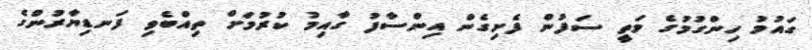
ގައުމު ހިންގުމުގެ މަތީ ސަފުން ފެށިގެން އިންސާފު ގާއިމު ކުރުމަށް ތިއްބެވި ފަނޑިޔާރުންގެ